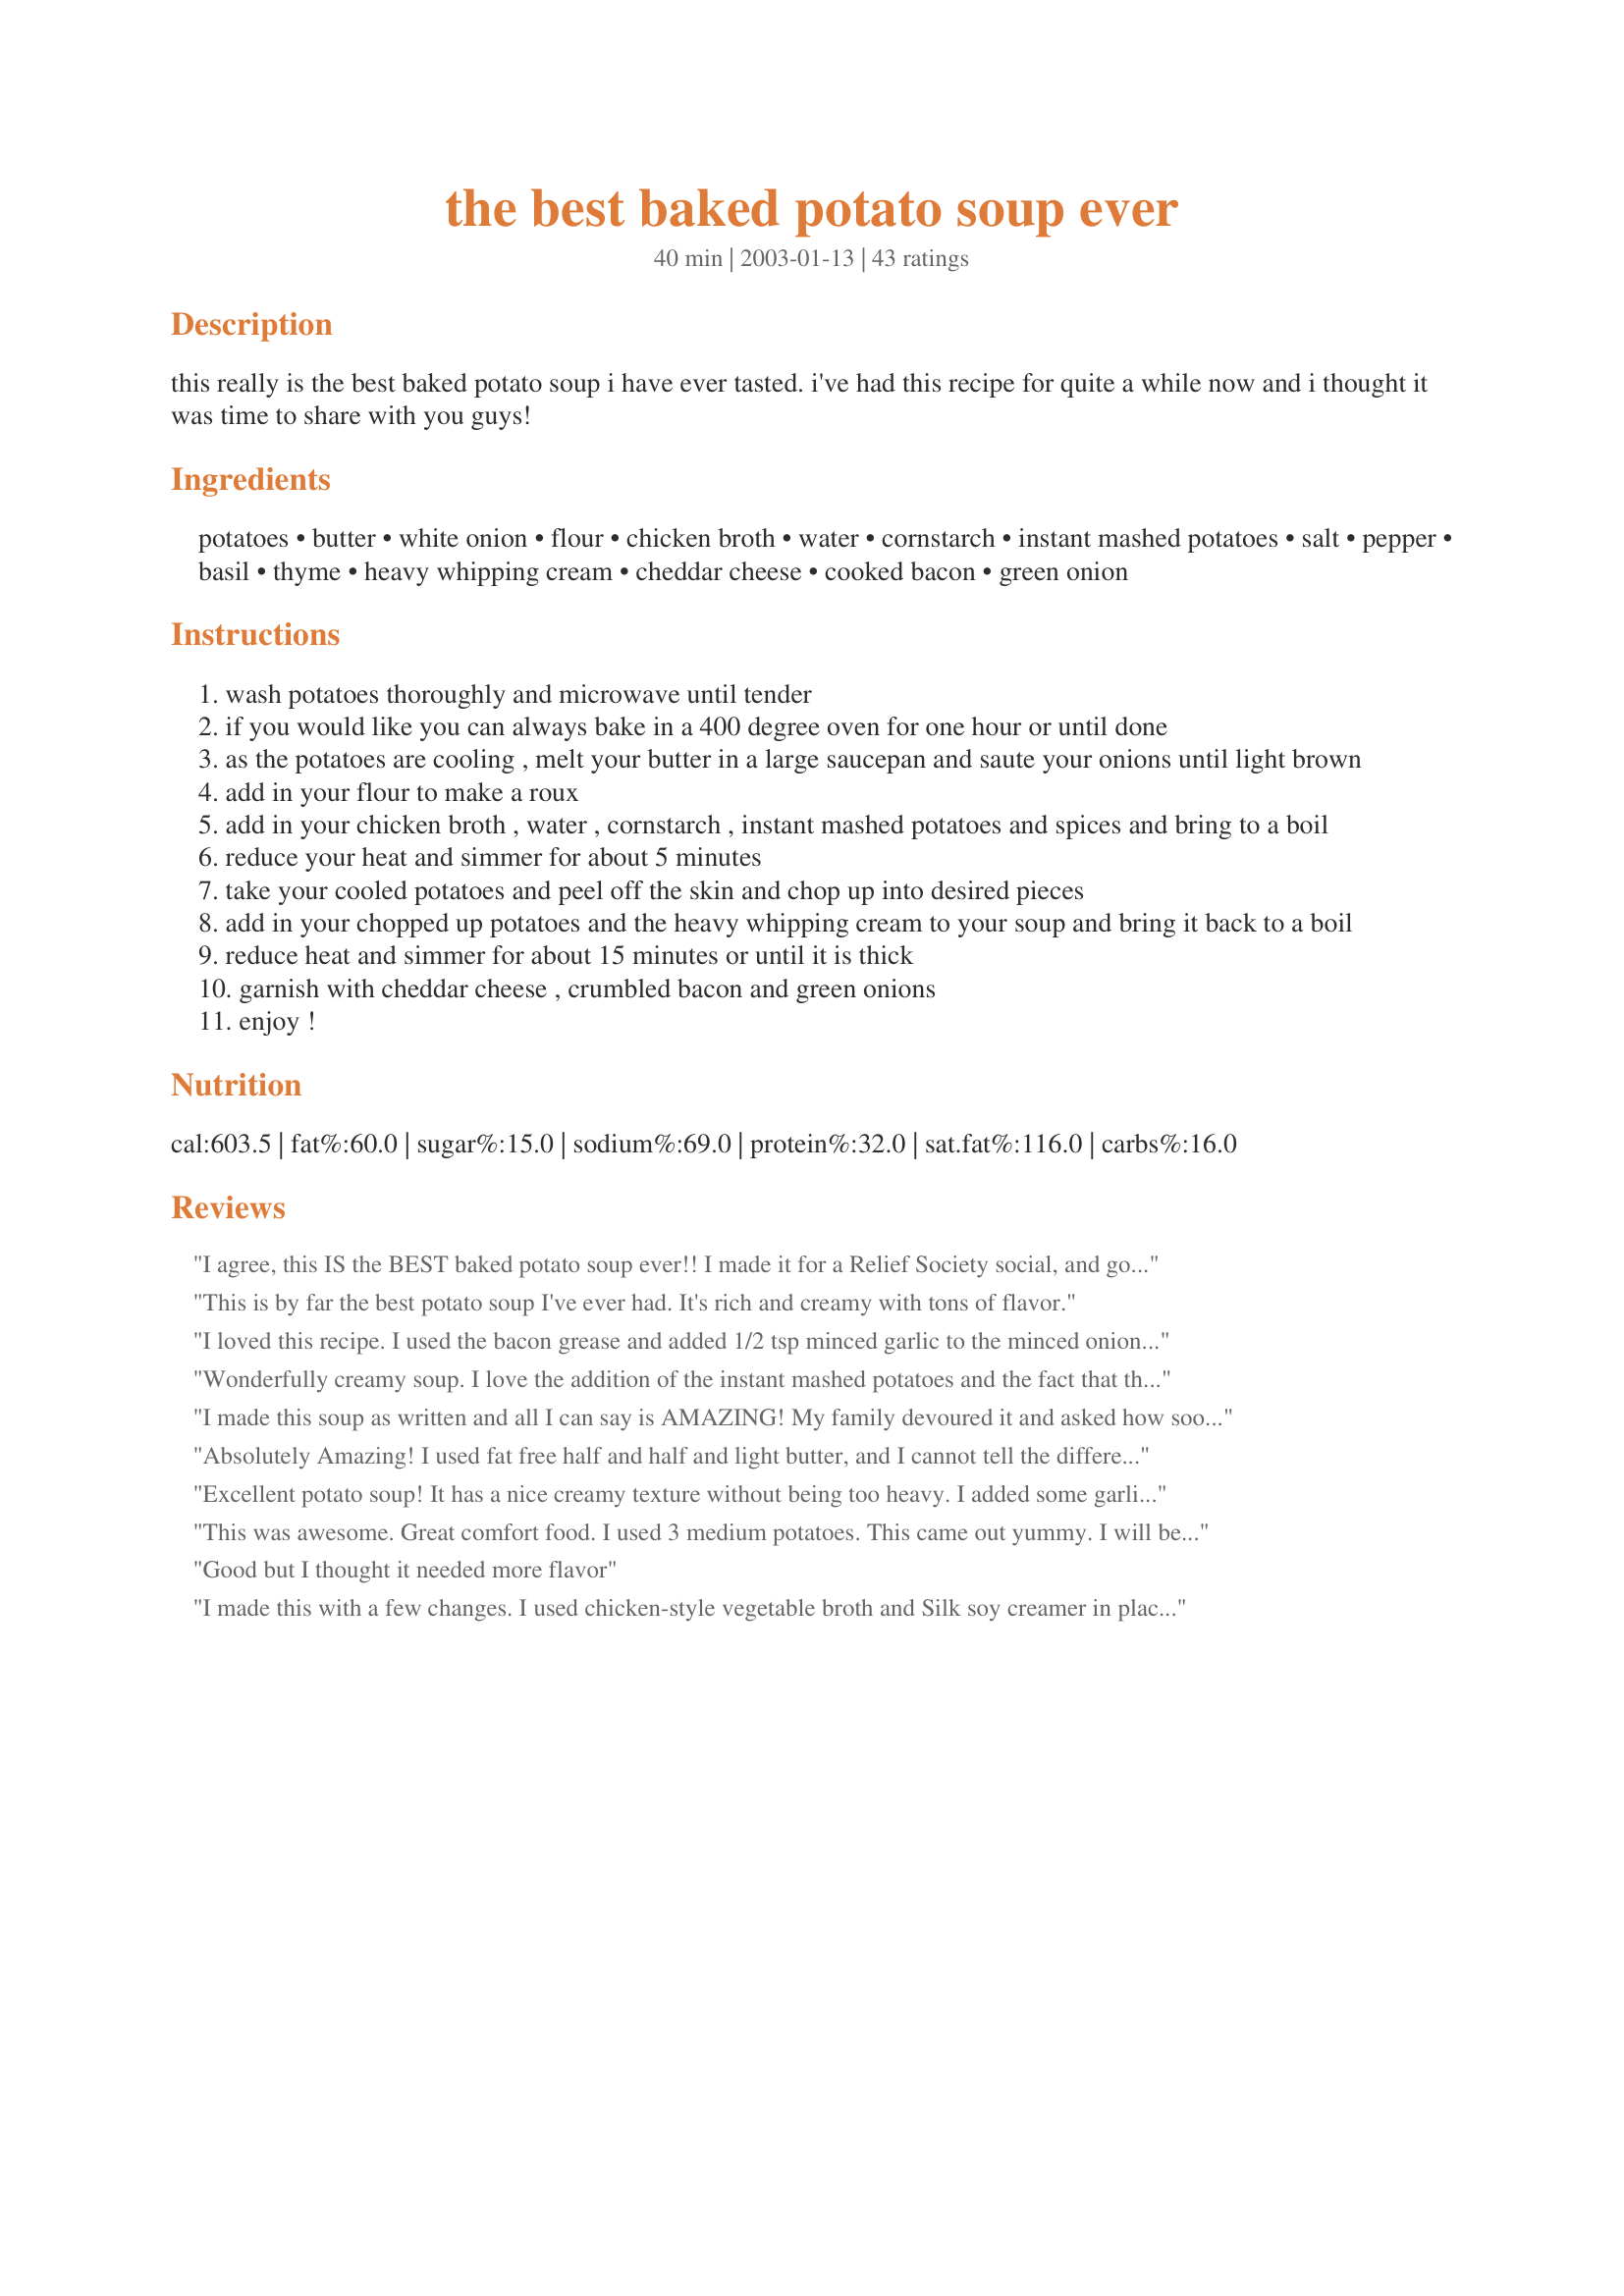
the best baked potato soup ever
Preparation time: 40 minutes

this really is the best baked potato soup i have ever tasted. i've had this recipe for quite a while now and i thought it was time to share with you guys!

Ingredients:
potatoes, butter, white onion, flour, chicken broth, water, cornstarch, instant mashed potatoes, salt, pepper, basil, thyme, heavy whipping cream, cheddar cheese, cooked bacon, green onion

Steps:
wash potatoes thoroughly and microwave until tender
if you would like you can always bake in a 400 degree oven for one hour or until done
as the potatoes are cooling , melt your butter in a large saucepan and saute your onions until light brown
add in your flour to make a roux
add in your chicken broth , water , cornstarch , instant mashed potatoes and spices and bring to a boil
reduce your heat and simmer for about 5 minutes
take your cooled potatoes and peel off the skin and chop up into desired pieces
add in your chopped up potatoes and the heavy whipping cream to your soup and bring it back to a boil
reduce heat and simmer for about 15 minutes or until it is thick
garnish with cheddar cheese , crumbled bacon and green onions
enjoy !

Reviews:
I agree, this IS the BEST baked potato soup ever!! I made it for a Relief Society social, and got tons of compliments. This soup is super easy to make, and the flavor really reminds me of Tony Romas baked potato soup. I like to serve this soup with cornbread muffins...perfect for a chilly Autmn evening!! This recipe has permanent place on our menu!! Thanks so much for submitting!!
This is by far the best potato soup I've ever had. It's rich and creamy with tons of flavor.
I loved this recipe. I used the bacon grease and added 1/2 tsp minced garlic to the minced onion, from four strips of minced bacon I cooked to add at the end, for my roux. Also we have a small snow storm going on so I had to use what I have on hand. Being out of fresh potatoes to bake, I cut up one can of small potatoes I had in my pantry. Since our family likes bold flavours I also added 2 chicken boullion cubes I dissolved in the 1 1/2 cups water (instead of two). My daughter is a &quot;potato soup expert&quot; (according to all of our family) and she loved it! Thank you so much for your post!
Wonderfully creamy soup. I love the addition of the instant mashed potatoes and the fact that the cheddar cheese and bacon bits are sprinkled on top. Quick and easy to do. Thanks for sharing.
I made this soup as written and all I can say is AMAZING! My family devoured it and asked how soon we'd be having it again! I served this with cornbread and honey butter. Thanks for sharing!
Absolutely Amazing! I used fat free half and half and light butter, and I cannot tell the difference. Great taste and easy to make. My five year old daughter help make it and she suggested less pepper next time!
Excellent potato soup! It has a nice creamy texture without being too heavy. I added some garlic and increased the salt and pepper but otherwise made no changes. It was excellent topped with shredded marble cheese, bacon, green onions, and a touch of sour cream. I will definitely be making this one again!
This was awesome. Great comfort food. I used 3 medium potatoes. This came out yummy. I will be adding this to my meal plans for sure. Thanks.
Good but I thought it needed more flavor
I made this with a few changes. I used chicken-style vegetable broth and Silk soy creamer in place of the cream (WAY less calories and fat). It was delicious! I sprinkled some cheese on top along with some bac'n pieces, so delicious. I wouldn't recommend skipping the toppings, the soup is 100 times better with them.
Yum! This is so good and so easy to make. The only changes I made were to leave the skins on the potatoes and I left out the onion. This was definitely a hit with DH and I. I paired it with Easy Rolls (recipe #38775-made according to my review). Thanks for a great recipe, Jeanette!
The name of this recipe says it all! My 18 month old girl absolutely loved this soup!!! She had seconds! So tasty and comforting! Thank you so much for posting. It reminded me of a soup I had at a restaurant just recently - Granite City.
Okay I am about to either disgust you or excite your inner gastronome! I came across this recipe as I searched for a potato soup recipe to use up left overs - namely heavy whipping cream. However I also wanted to use up my crab rangoon filling from recipe #31927 (which is essentially crab meat and cream cheese) So here is how I tweaked it. I cheated and boiled potatoes for lack of time. I boiled them in chicken broth but saved the broth after boiling and rinsing the potatoes. To this starchy broth I added more to get the needed 4 cups. This allowed me to skip the corn starch per the recipe. I also added four cheese instant mashed potatoes per a review to add the cheese flavor. Finally I added 1 1/2 c whipping cream as I wanted to use all I had remaining. Very good recipe and the crab gave it a little bit of a chowder flavor perfect for my cold new years eve!!
This is one RICH soup... however, it could have part to do with some things I left out.
I made as laid out except for the fact that I forgot about the water, and I only added in half of the heavy whipping cream (taking down the fat content), and completely left out the salt (we have enough salt in our diet). I did double this, and it doubled well. In the begining I was a little bit worried as I had lumps in it everywhere, but, after I let it simmer, the lumps were gone, and I was in heaven! Thank you so much! Next time I might add a little garlic to it as well. And maybe a pinch more basil. ;)
Very good soup! And easy too! Thanks for sharing!
We love this recipe and make it at least once or twice a month during the winter. 
We have added ground sausage, diced ham, creamed corn and the shredded cheese to the soup.
Its a wonderful basic potato soup recipe and we are so glad we found it. 
Thank you Jeanette for posting it.
DELICIOUS! I had Baked Potato Soup recently at lunch and when I came home I headed straight to 'Zaar to find a way to make it at home. I decided on this recipe. The only additions I made to it where I added a tub (I belive it was 12 ounces) of sour cream and I also added a cup of cheddar cheese to the soup (in addition to what you serve on top -- I like a really cheesey baked potato!). Instead of topping the soup with the bacon I just threw it in the pot as well after I fried it up (I drained the bacon greese). It was fantastic. Just like a baked potato and my 13 month old would cry if I did not share with her. Can't wait to make this for my Mom who HATES potato soup! Thanks for sharing! EDIT: Made it for Mom and she LOVED it!
While searching for good,basic starter recipes for my daughter , found this and it sounded so good and easy. Since we already had left-over baked potatoes, didn't take much encouragement, and boy am I glad I tried it. Only change is to kick up the servings significantly, or somebody might miss out on thirds, or fourths! Thanks to the chef for sharing.
Great Soup! I beleive I've cooked "Baked Potato Soup" once before, but this was the best. This soup tasted about as good as Cheddars. Leaving out 1/2 to a 1/4 of the heavy whipping cream would be fine! I doubled the recipe and only added 1/2 of the suggested amount as the recipe called for. YUMMY! I also did what one other person did; I added the bacon, green onions and the cheese into the soup. It was great! Will make it again and still cut downin the fat though . . . and oh . . . I forgot I added seasoned salt and of course real garlic. ENJOY Y'ALL PEOPLE!!
Thanks. This was good! I'm still searching for the best potato soup, but it's definitely worth the effort. I did not use cornstarch as I hate the stuff and refuse to use it! I didn't miss it one bit as the instant mashed potatoes added plenty of thickness. I would make it again as it is quick and easy, and it has good flavor.
Great cream of potato soup! I had a large leftover baked potato. Just the right size. I used Sysco chicken base for the broth and I had thyme leaves, basil and dried parsley flakes.<br/>I used grated carrot and slivers of sweet orange and yellow peppers for garnish. I needed to stay away from bacon and cheese for awhile. Thanks for posting.
I did make a few changed. However this came out scrumptious. I used an envelope package of instant potatoes (four cheese), 8oz sour cream, and 1 1/2 cups heavy cream. I also just threw the bacon in the soup since everyone here likes it. I'm not an onion lover at all and I was skeptical about the onion in it, but the flavors all blended very well. I will mention that before adding the extra cream and sour cream the soup was a bit salty. Will be making again. Thanks!!
A very delicious, comforting soup! It's snowing like mad here and I wanted to make something hot, but easy. This surely fit the bill! The only changes I made were to add 1/4 cup more potato flakes (since I didn't have cornstarch on hand), omitted one cup of the water, and just dumped a cup of shredded cheddar cheese in the whole pot, since I knew we all wanted cheese anyway :D. I did everything else as written and it came out wonderfully! I will definitely make this again!
This soup was good. I did have a problem with the instant mashed potatoes maybe because I used potato pearls/buds instead of the flake kind and they didn't dissolve very well in the liquid which was quite thick...I think that using bacon grease instead of butter for the roux would also be an improvement.
Looks exactly like the copycat recipe for Tony Roma's soup.
I made this soup as written with the exception of the thyme. All I had was a blend that had some thyme, rosemary and sage and I only used 2 Tbs.of the cornstarch. OMG it was so good, all of my guest raved about it! I should have made a bigger batch, lol I do wonder if the cornstarch is really needed though. I think if it simmers long enough and you get the ratio of baked potato right it should thicken up all by itself. I think I&#039;ll try it next time without and post and update. I still give it 5 stars for taste. It really is the best I&#039;ve ever tasted! Thanks for sharing! It&#039;s going in my recipe file box!&lt;br/&gt;&lt;br/&gt;UPDATE: I made again by request of family and left out cornstarch. In my opinion better without it. It&#039;s thick enough without it.
this is delicious will be making it often
My 8 year old daughter made this tonight with my help. Perfect! She was very proud. This will be our Potato Soup recipe from now on. Thanks for sharing!
This was a no brainer. , The taste was fantastically wonderful. It was thick and I thinned it with milk. You could also thin it with chicken broth. I left the baked potato a little chuny I can not think of anything that would improve this recipe. Any good restaurant would be proud to serve this soup, Thanks for a easy and great tasting recipe
This soup was AWESOME!! If I could give it more than 5 stars I would! The only changes I made were: Cut onion down to 1/2 cup, and cut the water down to 1 cup. I used 5 cups of chicken broth, and I added 1 1/2 cups of heavy cream. I also added 1/2 tsp of minced garlic. Because my dh doesn't like them I didn't use the basil or thyme, I substituted season salt. My dh requested next time I make it, I add some ham, so I will do that, but WOW this is a great basic recipe that you can tailor to your specific tastes!
Awesome!!!!!
Yummy! I did tweak it a bit - and I think I simplified it. First off, you can eliminate both the cornstarch AND the instant potatoes if you boil the potatoes first, save the water. Then fry the onions and add 2 cups of the starchy potato water and the broth. After you add back the potatoes, and add the cream, puree with an immersion blender (indispensable!) - you can control the smoothness of the soup. Finally, just before serving, stir in some shredded cheddar cheese into each bowl and top with the bacon and chives. IDK, didn't really care for the thyme in it. Next time I just might try a little garlic or a dash of nutmeg - or maybe both.
We just loved this soup. It had an excellent flavour. Will certainly make this again. A definite keeper.
I made this for our small group last night and it was wonderful. Perfect for a cold night!
This Soup is AWESOME! The only problem is I like is exactly the way it is with one exception(the onions because I cannot eat them) and hubby likes it kind of bland.. I have to make it with half the spices.. This is so easy to make.. The biggest pain is peeling the potato's.. though I do always forget to get half n half or whipping cream.. and milk works just as well.. THANKS
This soup brings on rave reviews and many requests for the recipe. It is very much like my traditional old fashioned potato soup. The addition of the instant mashed potatoes and the herbs make for a wonderfully flavorful soup. Makes a great family meal and special enough for company. 
I have made it using the butter in the roux and with the bacon drippings..loved both! The half and half makes for an excellent soup but for an absolute taste treat go for the heavy cream. This recipe is a real winner,thanks for sharing Gerry 999
Perfect soup for a cold winter night. Made exactly as written. I baked my potatoes so they would have more flavor than microwaved. DH made bakewell biscuits to go with---yum!
This soup is aptly named. It's certainly the best potato soup I've ever had! I used soy milk in place of the heavy cream and soy cheese in place of the cheddar, and left off the bacon and green onion. Other than that I followed the recipe to the letter, and it was fabulous. I wouldn't do a thing differently. It was enjoyed by my whole family. Thanks for a great Winter comfort food, Jeanette! I'll be making this frequently.
This was very tasty, easy and all the ingredients were in my pantry. This will be a regular soup for us for fall and winter.
Excellent recipe!!! I cut the butter in half and used half and half to try to lighten it up a little and it was delicious. The hubby had two bowls and raved. So easy to make and so tasty...thanks!
Made this again today. I cooked up some bacon, sauteed the onion in the bacon grease. Added two cans of sliced carrots.
DH rated it. He said to put it bluntly, it was 2nd only to sex.LOL And to put it nicely, on a scale of 1-5 it was a 6. He says next time we go visit the kids, I've got to make this for them.
All I can say is OMG!! This is the most awesome soup I have ever eaten. I did fry some bacon and use the grease in my roux. I didnt have any thyme, but I did add 1/2 teaspoon garlic powder. I will definately make this again. Thanks Jeanette!
This potato soup was delicious. It was very easy to make and I will definitely make this again. My teenage daughter loves potato soup and gave this recipe a "thumbs-up." My husband also enjoyed it. I used fat-free half-&-half. The next time I make it, I may use a little less pepper.
